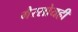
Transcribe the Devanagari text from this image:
गैरसोयही